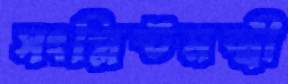
সংশ্লিষ্টমন্ত্রী